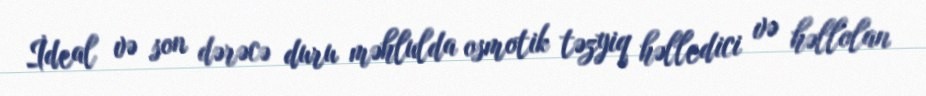
İdeal və son dərəcə duru məhlulda osmotik təzyiq həlledici və həllolan